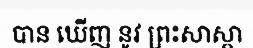
បាន ឃើញ នូវ ព្រះសាស្តា